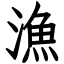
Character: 漁